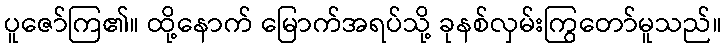
ပူဇော်ကြ၏။ ထို့နောက် မြောက်အရပ်သို့ ခုနစ်လှမ်းကြွတော်မူသည်။